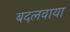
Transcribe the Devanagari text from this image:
बदलवाया